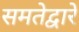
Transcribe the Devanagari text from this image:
समतेद्वारे